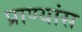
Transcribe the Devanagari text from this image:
प्राण्यांस